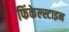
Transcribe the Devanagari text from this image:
फिंकेल्स्टाइन